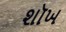
શૉખ